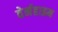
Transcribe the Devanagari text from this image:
वेर्नहाइम